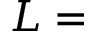
L =